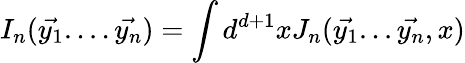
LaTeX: I_{n}(\vec{y_{1}}....\vec{y_{n}})=\int d^{d+1}xJ_{n}(\vec{y_{1}}...\vec{y_{n}},x)